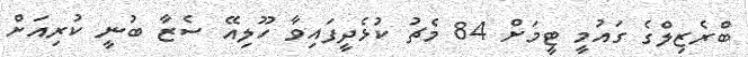
ބްރެޒިލްގެ ގައުމީ ޓީމަށް 84 މެޗު ކުޅެދީފައިވާ ހޫލިއޭ ސެޒާ ބުނީ ކުރިއަށް